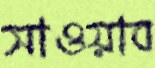
সাওয়াব